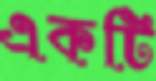
একটি